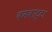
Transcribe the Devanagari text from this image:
बमबाट्टा